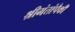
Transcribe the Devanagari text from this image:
श्रीमंतांपैकी